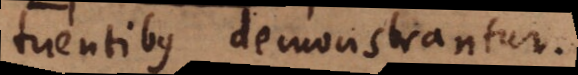
tuentibus demonstrantur.